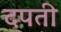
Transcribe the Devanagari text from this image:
दपती